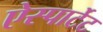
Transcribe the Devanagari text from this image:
ऐस्पार्टेट